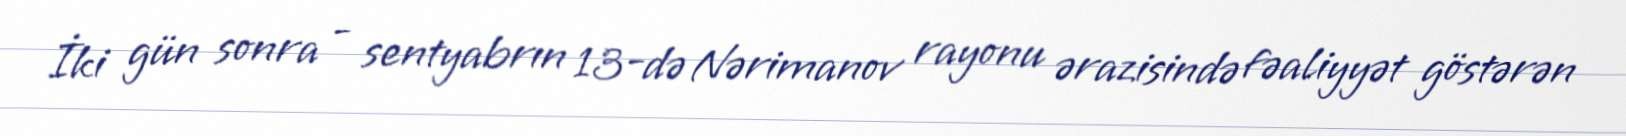
İki gün sonra - sentyabrın 13-də Nərimanov rayonu ərazisində fəaliyyət göstərən